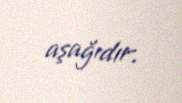
aşağıdır.